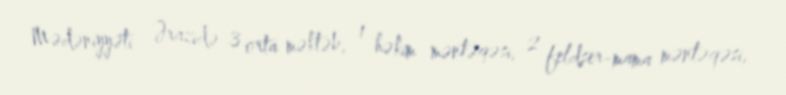
Mədəniyyəti Ərazidə 3 orta məktəb, 1 həkim məntəqəsi, 2 feldşer-mama məntəqəsi,